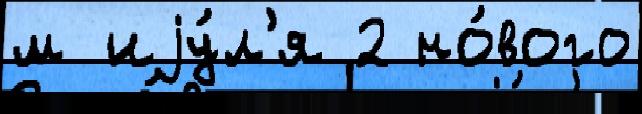
м иjу́л'я 2 но́вого